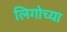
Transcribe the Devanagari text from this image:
लिगोच्या